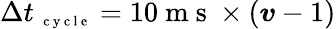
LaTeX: \Delta t_{\mathrm{~\scriptsize~c~y~c~l~e~}}=10\mathrm{~m~s~}\times(\boldsymbol v-1)